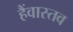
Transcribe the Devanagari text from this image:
हैंवास्तव